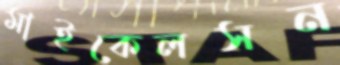
মাইকেলসন